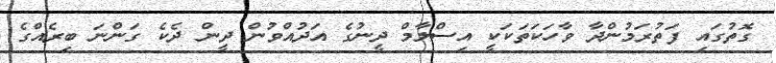
ގޮތުގައި ފަތުރަމުންދާ ވާހަކަތަކަކީ އިސްލާމް ދީނުގެ އަދުއްވުން ދީން ދެކެ ގަންނަ ބިރެއްގެ